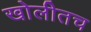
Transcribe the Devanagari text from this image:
खोलीतच